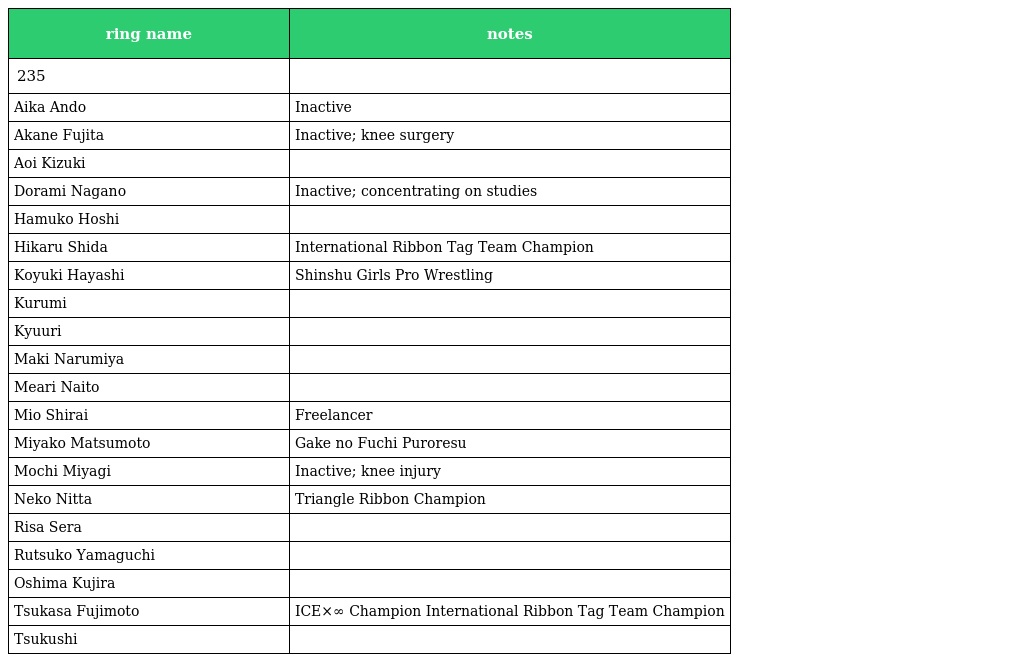
| ring name | notes |
 | --- | --- |
 | 235 |  |
 | Aika Ando | Inactive |
 | Akane Fujita | Inactive; knee surgery |
 | Aoi Kizuki |  |
 | Dorami Nagano | Inactive; concentrating on studies |
 | Hamuko Hoshi |  |
 | Hikaru Shida | International Ribbon Tag Team Champion |
 | Koyuki Hayashi | Shinshu Girls Pro Wrestling |
 | Kurumi |  |
 | Kyuuri |  |
 | Maki Narumiya |  |
 | Meari Naito |  |
 | Mio Shirai | Freelancer |
 | Miyako Matsumoto | Gake no Fuchi Puroresu |
 | Mochi Miyagi | Inactive; knee injury |
 | Neko Nitta | Triangle Ribbon Champion |
 | Risa Sera |  |
 | Rutsuko Yamaguchi |  |
 | Oshima Kujira |  |
 | Tsukasa Fujimoto | ICE×∞ Champion International Ribbon Tag Team Champion |
 | Tsukushi |  |